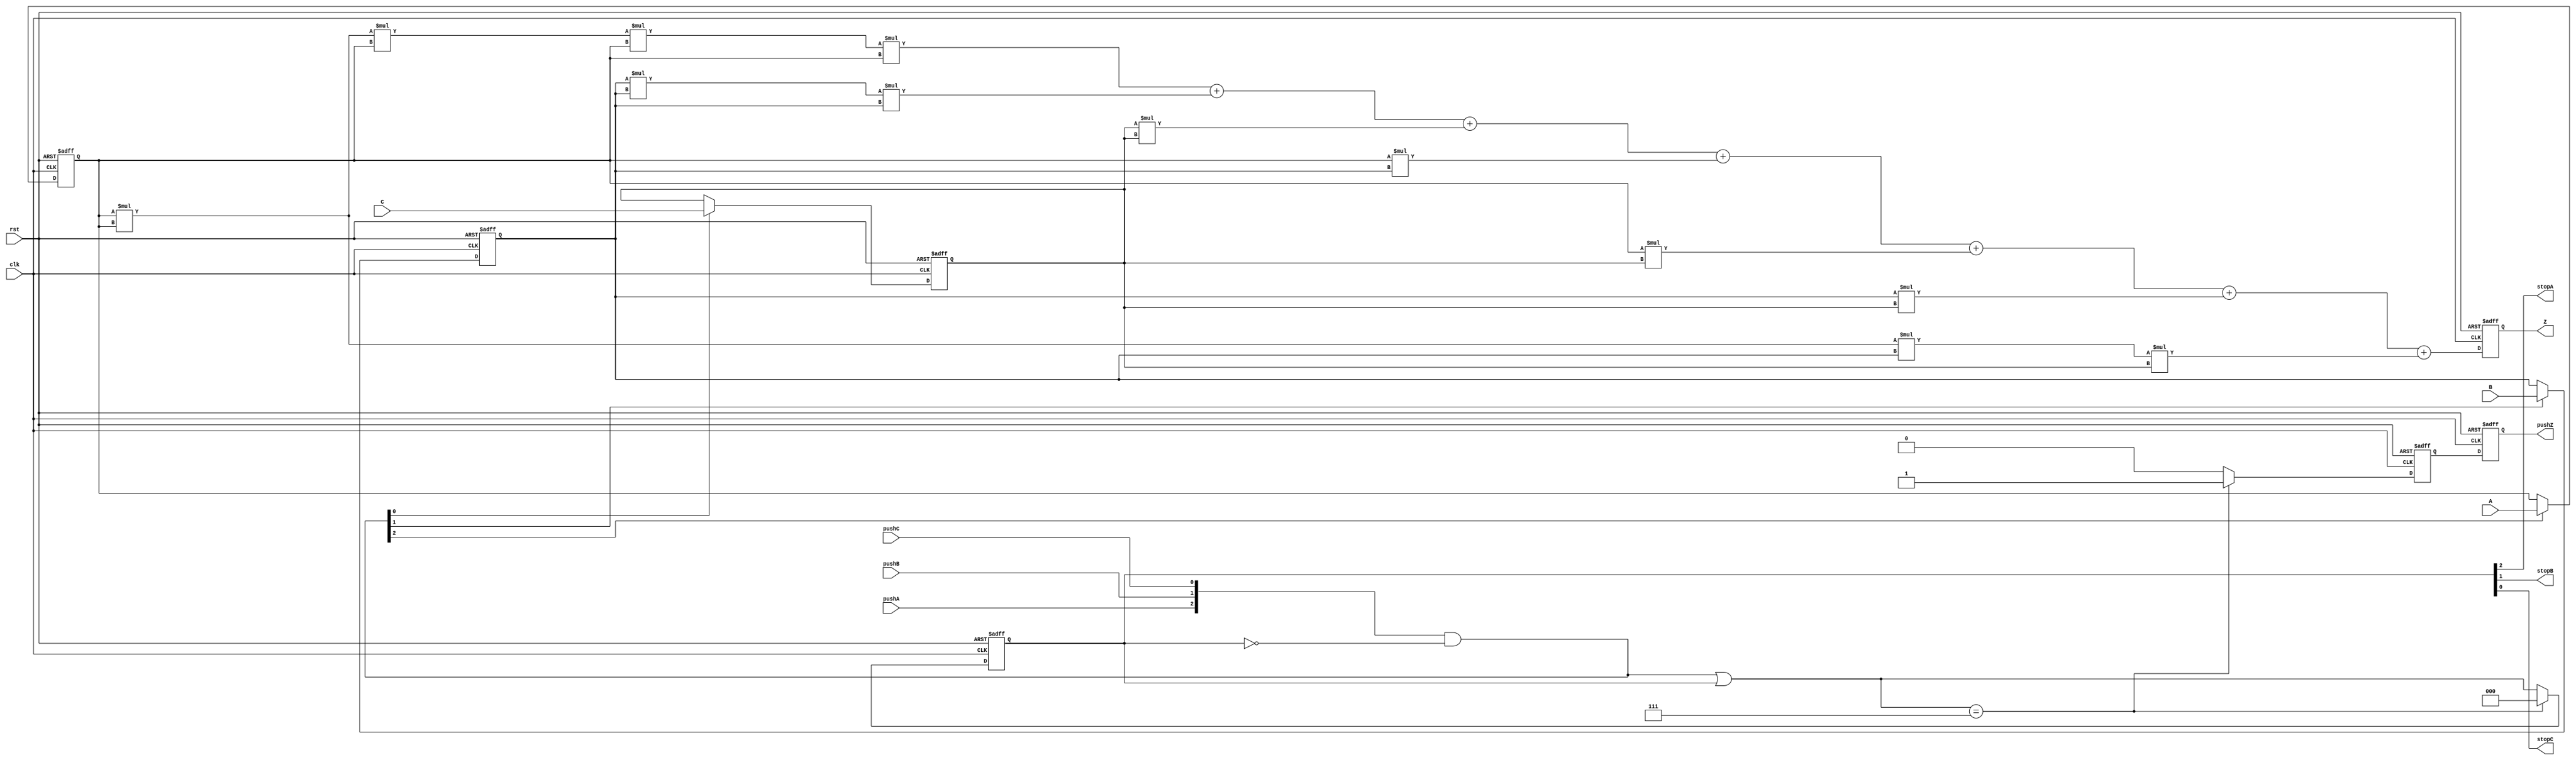
// This is a simple calculation design for use in EE287 homework
// This design performs a simple set of calculations on three variables
//
`timescale 1ns/10ps

module calc(clk,rst,A,B,C,pushA,stopA,pushB,stopB,pushC,stopC,Z,pushZ);
  input [31:0] A,B,C;
  input pushA,pushB,pushC;
  output stopA,stopB,stopC;
  output [31:0] Z;
  output pushZ;
  input clk,rst;
  reg [2:0] seen,seen_d,newin;
  reg all_in,all_in_d;
  integer captA,captA_d,captB,captB_d,captC,captC_d;
  integer res,res_d;
  reg _stopA,_stopB,_stopC;
  reg pushOut;
  assign stopA=_stopA;
  assign stopB=_stopB;
  assign stopC=_stopC;
  assign pushZ=pushOut;
  assign Z = res;

  always @(posedge(clk) or posedge(rst)) begin
     if(rst) begin
       seen <=0;
       captA <=0;
       captB <=0;
       captC <=0;
       all_in <= 0;
       pushOut <= 0;
       res <= 0;
     end else begin
       seen<= #1 seen_d;
       captA <= #1 captA_d;
       captB <= #1 captB_d;
       captC <= #1 captC_d;
       all_in <= #1 all_in_d;
       pushOut <= #1 all_in;
       res <= #1 res_d;
     end

  end

  always @(*) begin
    captA_d = captA;
    captB_d = captB;
    captC_d = captC;
    all_in_d=0;
    newin = {pushA,pushB,pushC} & ~seen;
    seen_d = newin | seen;
    if(newin[2]) captA_d = A;
    if(newin[1]) captB_d = B;
    if(newin[0]) captC_d = C;
    if( (newin | seen)==3'b111) begin
      seen_d=0;
      all_in_d=1;
    end
    _stopA=seen[2];
    _stopB=seen[1];
    _stopC=seen[0];
  end
  
  always @(*) begin
    res_d = captA*captA*captA*captA*captA+captB*captB*captB+
            captC*captC+captA*captB+captA*captC+captB*captC+
            captA*captA*captB*captC;
  end

endmodule